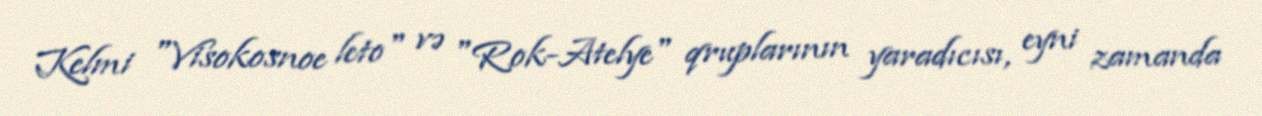
Kelmi "Visokosnoe leto" və "Rok-Atelye" qruplarının yaradıcısı, eyni zamanda